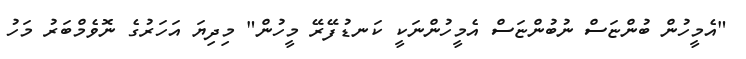
"އެމީހުން ބުންޏަސް ނުބުންޏަސް އެމީހުންނަކީ ކަނޑުފޭރޭ މީހުން" މިދިޔަ އަހަރުގެ ނޮވެމްބަރު މަހު